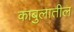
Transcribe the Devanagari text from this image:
काबुलातील